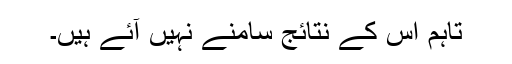
تاہم اس کے نتائج سامنے نہیں آئے ہیں۔